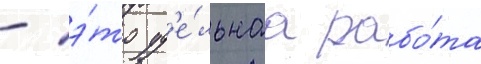
- э́то уд'е́льнаа рабо́та